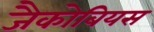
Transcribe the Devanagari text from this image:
जैकोबियस